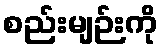
စည်းမျဉ်းကို